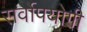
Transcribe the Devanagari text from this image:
सर्वोपयोगी